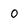
Character: O